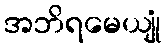
အဘိရမေယျုံ